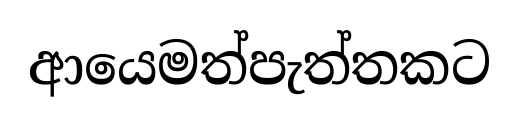
ආයෙමත්පැත්තකට